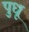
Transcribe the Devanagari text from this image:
पुधू